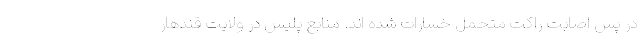
در پس اصابت راکت متحمل خسارات شده اند. منابع پلیس در ولایت قندهار